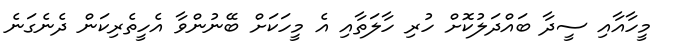
މީހާއާއި ސީދާ ބައްދަލުކޮށް ހުރި ހާލަތާއި އެ މީހަކަށް ބޭނުންވާ އެހީތެރިކަން ދެނެގަނެ